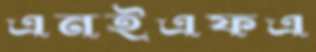
এনইএফএ